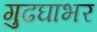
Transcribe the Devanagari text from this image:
गुढघाभर